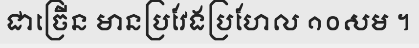
ជាច្រើន មានប្រវែងប្រហែល ១០សម ។